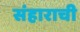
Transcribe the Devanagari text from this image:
संहाराची